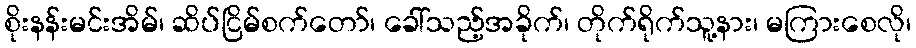
စိုးနန်းမင်းအိမ်၊ ဆိပ်ငြိမ်စက်တော်၊ ခေါ်သည့်အခိုက်၊ တိုက်ရိုက်သူ့နား၊ မကြားစေလို၊